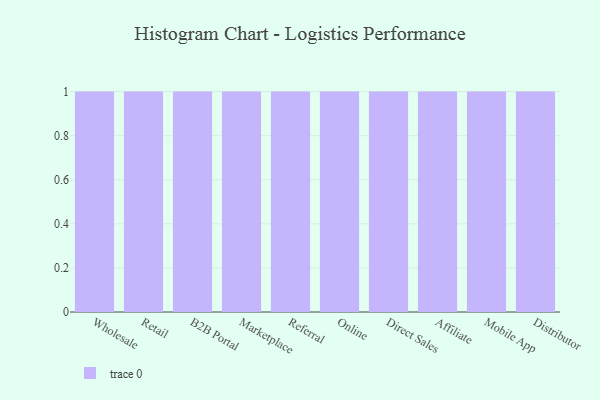
{"axis": {"x": "Channel", "y": "Revenue (USD Million)"}, "legend": [""], "data": [{"x": "Wholesale", "y": 1, "type": ""}, {"x": "Retail", "y": 78, "type": ""}, {"x": "B2B Portal", "y": 95, "type": ""}, {"x": "Marketplace", "y": 8, "type": ""}, {"x": "Referral", "y": 11, "type": ""}, {"x": "Online", "y": 14, "type": ""}, {"x": "Direct Sales", "y": 37, "type": ""}, {"x": "Affiliate", "y": 82, "type": ""}, {"x": "Mobile App", "y": 74, "type": ""}, {"x": "Distributor", "y": 89, "type": ""}]}